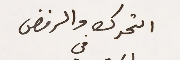
التحرك والرفض في